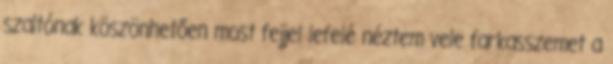
szaltónak köszönhetően most fejjel lefelé néztem vele farkasszemet a